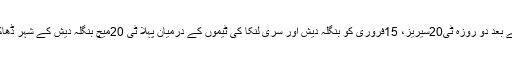
ڈھاکہ ٹیسٹ سیریز کے بعد دو روزہ ٹی20سیریز، 15فروری کو بنگلہ دیش اور سری لنکا کی ٹیموں کے درمیان پہلا ٹی 20میچ بنگلہ دیش کے شہر ڈھاکہ میں کھیلا جائے گا۔